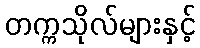
တက္ကသိုလ်များနှင့်